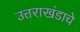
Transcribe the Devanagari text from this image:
उत्तराखंडाचे